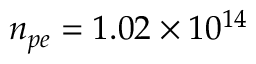
n _ { p e } = 1 . 0 2 \times 1 0 ^ { 1 4 }